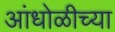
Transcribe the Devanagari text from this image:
आंधोळीच्या